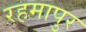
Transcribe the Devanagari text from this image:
रहमापुर